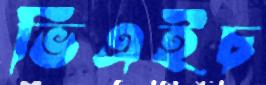
ভিএইচ